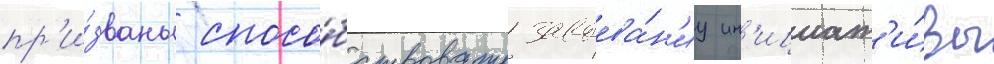
пр'и́званы спосо́бствовать завоева́н'иу ин'ициат'и́вы